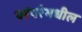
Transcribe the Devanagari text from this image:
परंपरेमधील